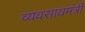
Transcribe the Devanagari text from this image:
व्यवसायमंत्री